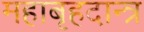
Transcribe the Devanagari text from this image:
महाबृहदान्त्र